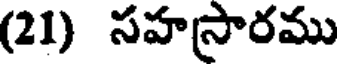
(21) సహస్రారము